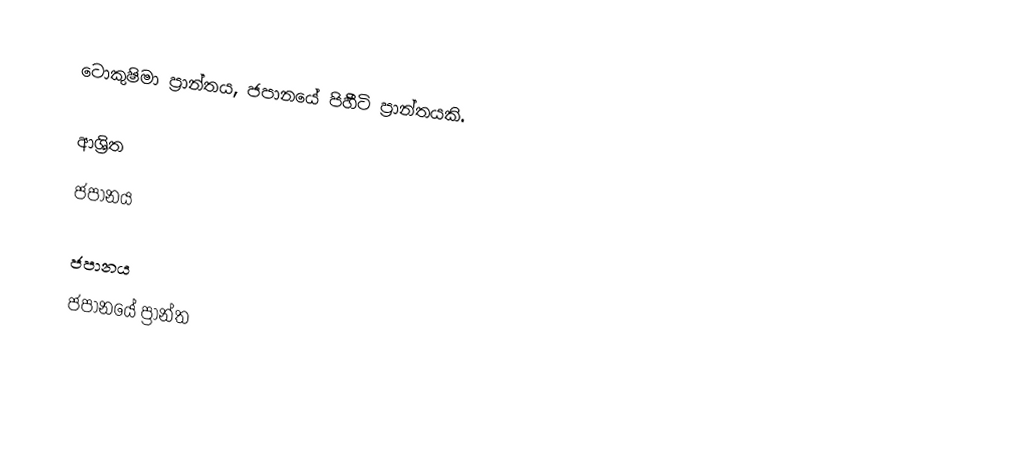
ටොකුෂිමා ප්‍රාන්තය, ජපානයේ පිහීටි ප්‍රාන්තයකි.

ආශ්‍රිත
 ජපානය

ජපානය
ජපානයේ ප්‍රාන්ත